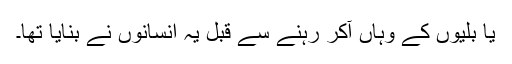
یا بلّیوں کے وہاں آکر رہنے سے قبل یہ انسانوں نے بنایا تھا۔